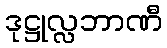
ဒုဋ္ဌုလ္လဘာဏီ